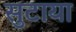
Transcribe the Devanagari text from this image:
सुटाया